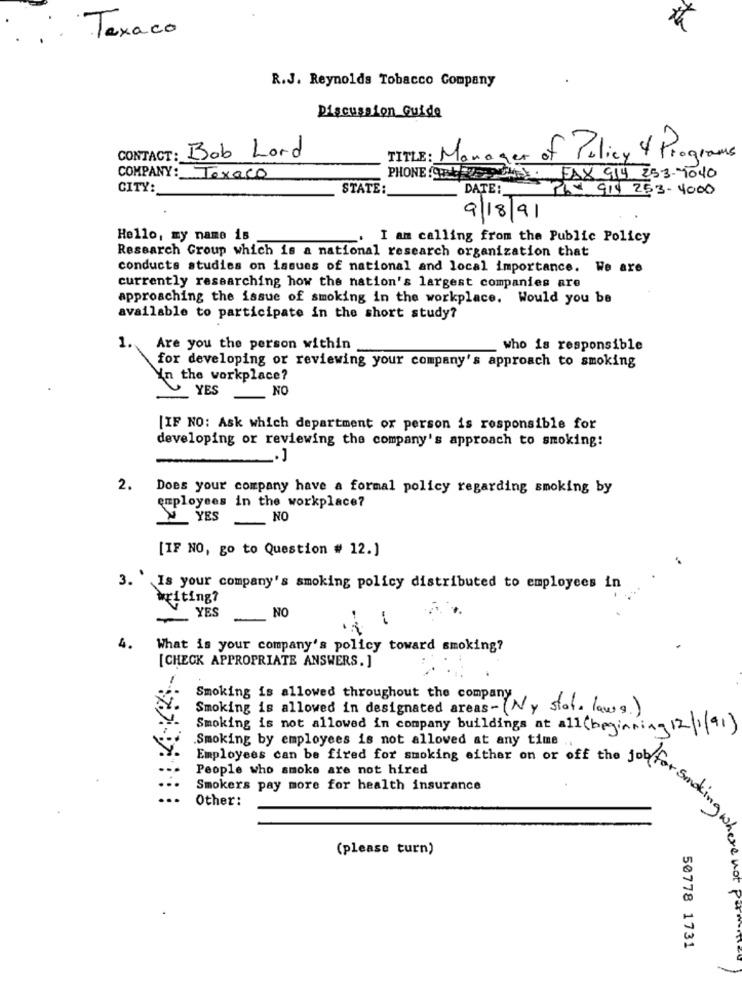
th
Texaco
R.J. Reynolds Tobacco Company
Discussion Guide
CONTACT: Bob Lord
TITLE: Manager of Policy & Programs
COMPANY: Texaco
PHONE gb . FAX 914 253-9040
CITY:
STATE:
DATE:
PLY 914 253- 4000
9/18/91
Hello, my name is
.I am calling from the Public Policy
Research Group which is a national research organization that
conducts studies on issues of national and local importance. We are
currently researching how the nation's largest companies are
approaching the issue of smoking in the workplace. Would you be
available to participate in the short study?
1.
Are you the person within
who is responsible
for developing or reviewing your company's approach to smoking
Yn the workplace?
YES
NO
[IF NO: Ask which department or person is responsible for
developing or reviewing the company's approach to smoking:
.J
2.
Does your company have a formal policy regarding smoking by
employees in the workplace?
YES
NO
[IF NO, go to Question # 12.]
3. Is your company's smoking policy distributed to employees in
writing?
YES
NO
4.
What is your company's policy toward smoking?
[CHECK APPROPRIATE ANSWERS. ]
Smoking is allowed throughout the company
Smoking is allowed in designated areas- (Ny stat. laws.)
Smoking is not allowed in company buildings at all (beginning 12/1/91)
Smoking by employees is not allowed at any time.
People who smoke are not hired
Smokers pay more for health insurance
Employees can be fixed for smoking either on or off its first
Other:
(please turn)
for smoking where ,
enot
50778 1731